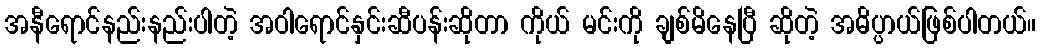
အနီရောင်နည်းနည်းပါတဲ့ အဝါရောင်နှင်းဆီပန်းဆိုတာ ကိုယ် မင်းကို ချစ်မိနေပြီ ဆိုတဲ့ အဓိပ္ပာယ်ဖြစ်ပါတယ်။